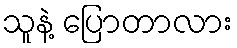
သူနဲ့ ပြောတာလား